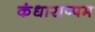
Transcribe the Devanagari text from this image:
कंधाराप्पम